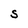
Character: S